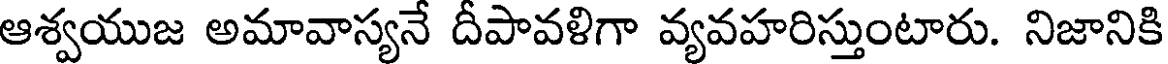
ఆశ్వయుజ అమావాస్యనే దీపావళిగా వ్యవహరిస్తుంటారు. నిజానికి